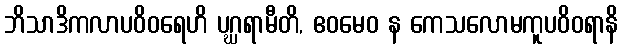
ဘိသာဒိကလာပဝိဝရေဟိ ပဂ္ဃရာမီတိ, ဧဝမေဝ န ကေသလောမကူပဝိဝရာနိ